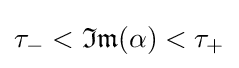
\tau _{-}<{\mathfrak {Im}}(\alpha )<\tau _{+}